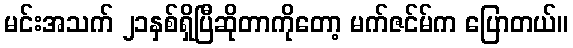
မင်းအသက် ၂၁နှစ်ရှိပြီဆိုတာကိုတော့ မက်ဇင်မ်က ပြောတယ်။